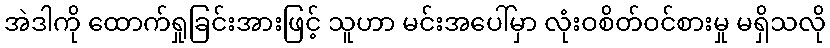
အဲဒါကို ထောက်ရှုခြင်းအားဖြင့် သူဟာ မင်းအပေါ်မှာ လုံးဝစိတ်ဝင်စားမှု မရှိသလို